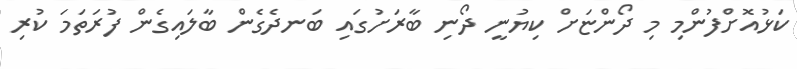
ކަޅުއޮށްފުންމި މި ދޯންޏަށް ކިޔުނީ ދޯނި ބާރަށުގައި ބަނދެގެން ބާލައިގެން ފުރަތަމަ ކުރި